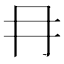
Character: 冄